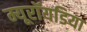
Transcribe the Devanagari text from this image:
म्यूरॉयडिया